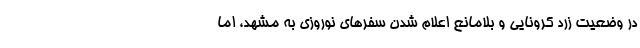
در وضعیت زرد کرونایی و بلامانع اعلام شدن سفرهای نوروزی به مشهد، اما